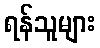
ရန်သူများ